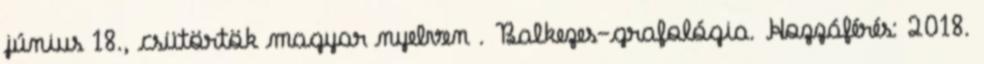
június 18., csütörtök magyar nyelven . Balkezes-grafológia. Hozzáférés: 2018.